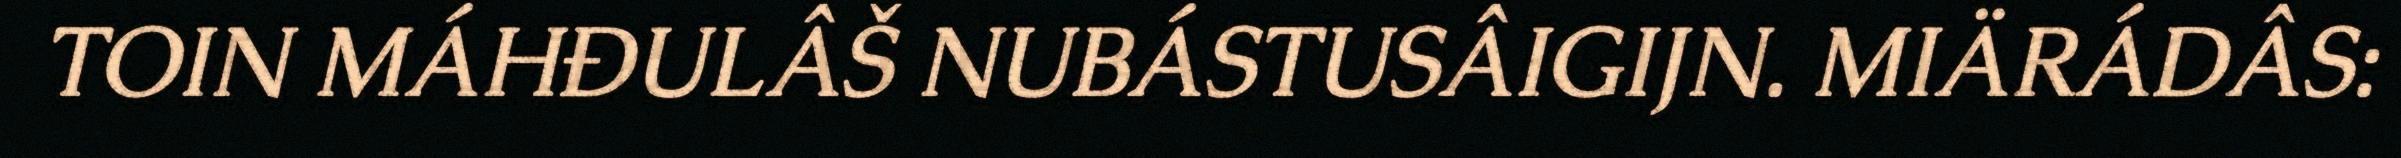
TOIN MÁHĐULÂŠ NUBÁSTUSÂIGIJN. MIÄRÁDÂS: